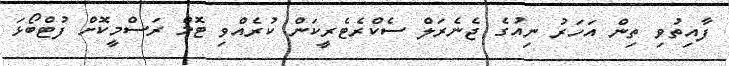
ފާއިތުވި ތިން އަހަރު ނިއުގެ ޖެނެރަލް ސެކްރެޓެރީކަން ކުރެއްވި ޓޮމް ރަސްމީކޮށް ފުޓްބޯޅަ